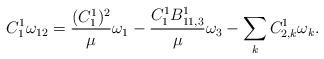
LaTeX: \begin{align*}C^1_1\omega_{12}=\frac{(C^1_1)^2}{\mu}\omega_1-\frac{C^1_1B^1_{11,3}}{\mu}\omega_3-\sum_kC^1_{2,k}\omega_k.\end{align*}